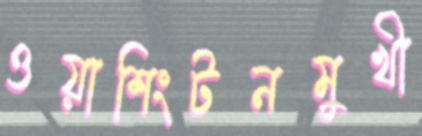
ওয়াশিংটনমুখী